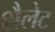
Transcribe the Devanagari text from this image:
शैलेट